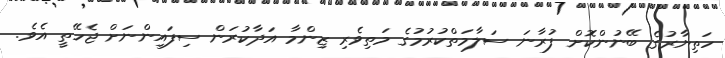
ހަތިޔާރުގެ ބޭނުންކޮށް ފުރާނަ ސަލާމަތްކުރުމުގެ މަތިވެރި ޒިންމާ އަދާކުރަން ސިފައިންނަށް ޖެހޭތީ އެވެ.